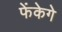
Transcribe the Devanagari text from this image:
फेंकेगे